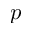
p